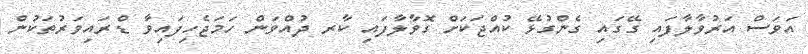
އަވަސް އަރުވާލާފައި ގޭގައި ގެންގުޅޭ ކުއްޖަކަށް ގޮވާލާފައި ކާރ ދުއްވަން ހަމަޖެހިފައިވާ ޑްރައިވަރުތަކުން